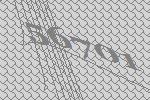
56701